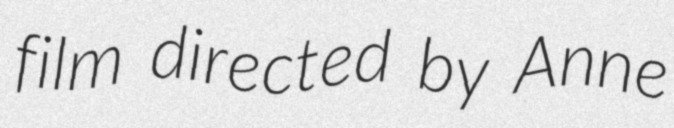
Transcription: film directed by Anne